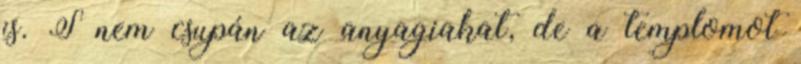
is. S nem csupán az anyagiakat, de a templomot